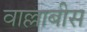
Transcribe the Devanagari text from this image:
वाल्लाबीस